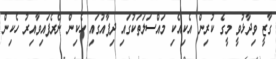
ގާޒީ ވިދާޅުވީ މީގެ ކުރިން އެކިއެކި މައްސަލަތަކުގައި ދިފާއުގައި ހެކިން ނެރެފައިވާއިރު ހެކިން